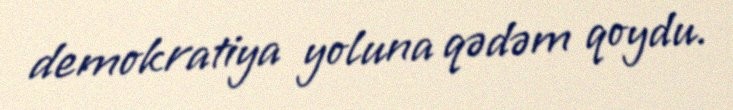
demokratiya yoluna qədəm qoydu.